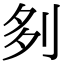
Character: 𠛫